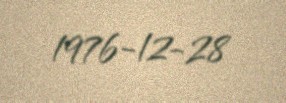
1976-12-28